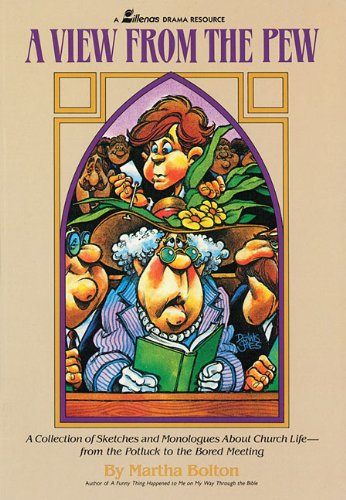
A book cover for A View From the Pew: A Collection of Sketches and Monologues About Church Life- From the Potluck to the Bored Meeting; Martha Bolton; Literature & Fiction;